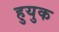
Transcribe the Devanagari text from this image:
हुयुक